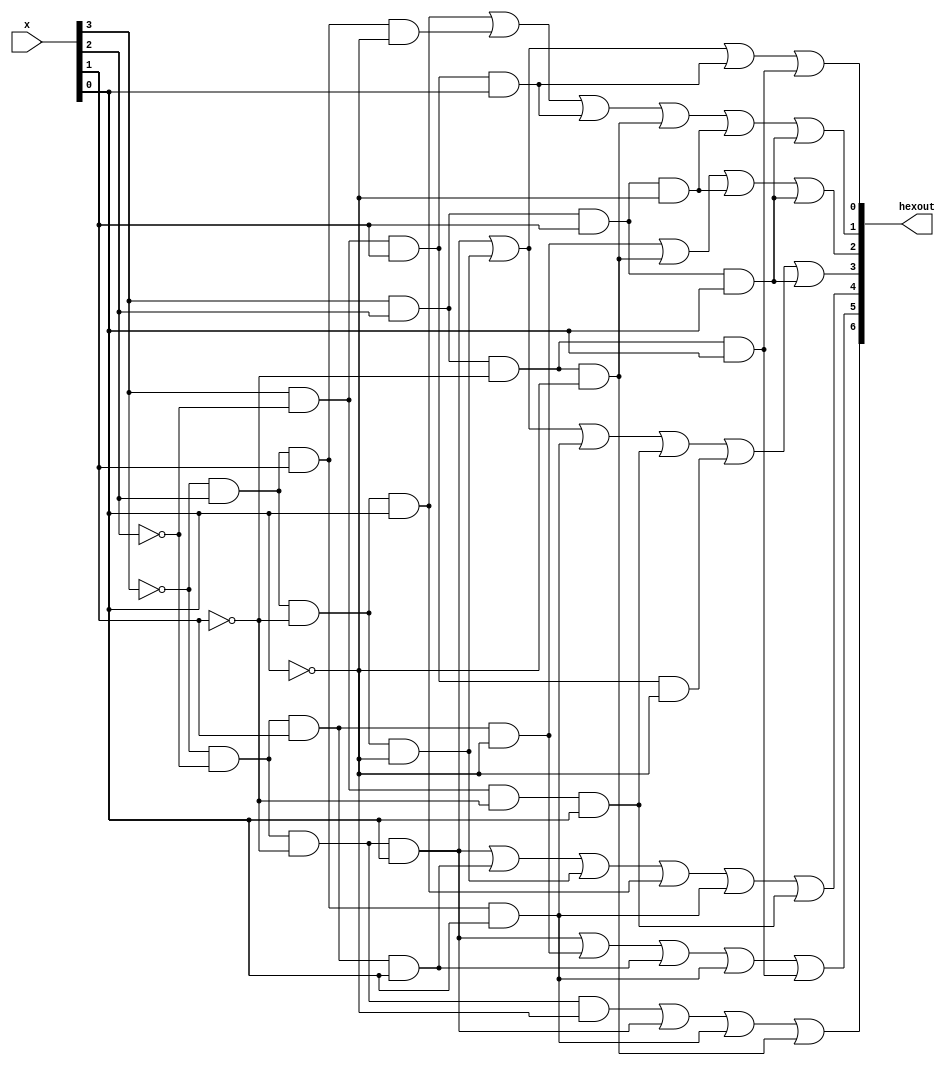
module hex(hexout, x);
  input [3:0] x;
  output [6:0]hexout;

	assign hexout[0] = (~x[3]&~x[2]&~x[1]&x[0])|(~x[3]&x[2]&~x[1]&~x[0])|(x[3]&~x[2]&x[1]&x[0])|(x[3]&x[2]&~x[1]&x[0]);
	assign hexout[1] = (~x[3]&x[2]&~x[1]&x[0])|(~x[3]&x[2]&x[1]&~x[0])|(x[3]&~x[2]&x[1]&x[0])|(x[3]&x[2]&~x[1]&~x[0])|(x[3]&x[2]&x[1]&~x[0])|(x[3]&x[2]&x[1]&x[0]);
	assign hexout[2] = (~x[3]&~x[2]&x[1]&~x[0])|(x[3]&x[2]&~x[1]&~x[0])|(x[3]&x[2]&x[1]&~x[0])|(x[3]&x[2]&x[1]&x[0]);
	assign hexout[3] = (~x[3]&~x[2]&~x[1]&x[0])|(~x[3]&x[2]&~x[1]&~x[0])|(~x[3]&x[2]&x[1]&x[0])|(x[3]&~x[2]&~x[1]&x[0])|(x[3]&~x[2]&x[1]&~x[0])|(x[3]&x[2]&x[1]&x[0]);
	assign hexout[4] = (~x[3]&~x[2]&~x[1]&x[0])|(~x[3]&~x[2]&x[1]&x[0])|(~x[3]&x[2]&~x[1]&~x[0])|(~x[3]&x[2]&~x[1]&x[0])|(~x[3]&x[2]&x[1]&x[0])|(x[3]&~x[2]&~x[1]&x[0]);
	assign hexout[5] = (~x[3]&~x[2]&~x[1]&x[0])|(~x[3]&~x[2]&x[1]&~x[0])|(~x[3]&~x[2]&x[1]&x[0])|(~x[3]&x[2]&x[1]&x[0])|(x[3]&x[2]&~x[1]&x[0]);
	assign hexout[6] = (~x[3]&~x[2]&~x[1]&~x[0])|(~x[3]&~x[2]&~x[1]&x[0])|(~x[3]&x[2]&x[1]&x[0])|(x[3]&x[2]&~x[1]&~x[0]);


endmodule